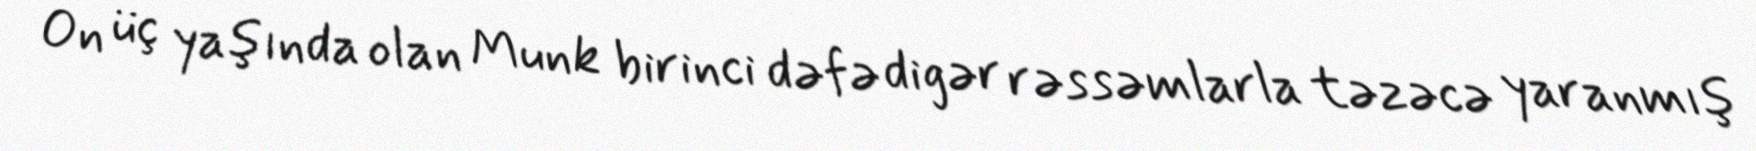
On üç yaşında olan Munk birinci dəfə digər rəssəmlarla təzəcə yaranmış